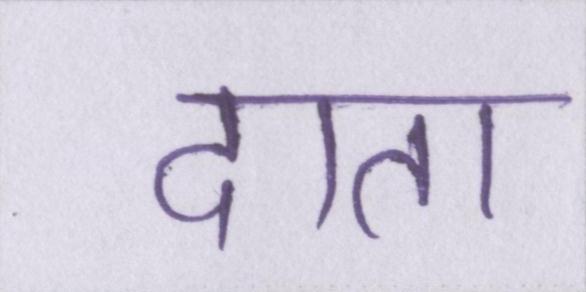
दाता